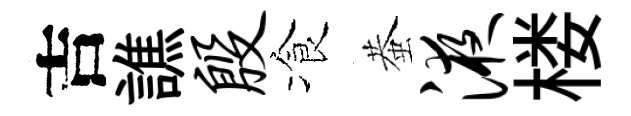
吉譙殷飡蛬液楼